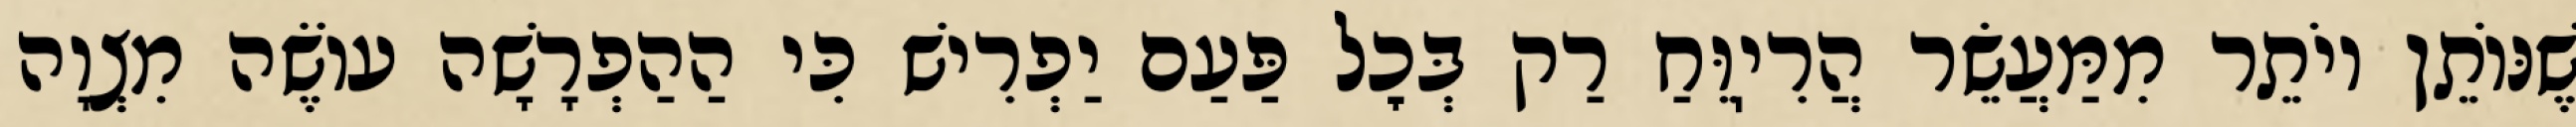
שֶׁנּוֹתֵן יוֹתֵר מִמַּעֲשֵׂר הֲרִיֽוֵּחַ רַק בְּכׇל פַּעַם יַפְרִישׁ כִּי הַהַפְרָשָׁה עוֹשֶׂה מִצְוָה